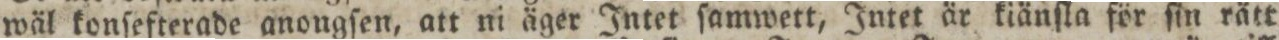
wäl konſefterade anongſen, att ni äger Intet ſamwett, Intet är kiänſla för ſin rätt